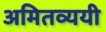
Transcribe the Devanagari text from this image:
अमितव्ययी